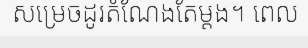
សម្រេចដូរតំណែងតែម្តង។ ពេល